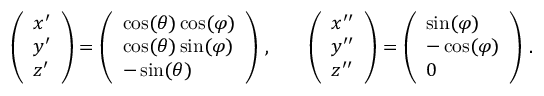
\begin{array} { r l r } { \left( \begin{array} { l } { x ^ { \prime } } \\ { y ^ { \prime } } \\ { z ^ { \prime } } \end{array} \right) = \left( \begin{array} { l } { \cos ( \theta ) \cos ( \varphi ) } \\ { \cos ( \theta ) \sin ( \varphi ) } \\ { - \sin ( \theta ) } \end{array} \right) \, , } & { { } } & { \left( \begin{array} { l } { x ^ { \prime \prime } } \\ { y ^ { \prime \prime } } \\ { z ^ { \prime \prime } } \end{array} \right) = \left( \begin{array} { l } { \sin ( \varphi ) } \\ { - \cos ( \varphi ) } \\ { 0 } \end{array} \right) \, . } \end{array}